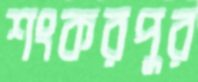
শংকরপুর